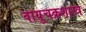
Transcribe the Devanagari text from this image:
वायुचक्रशास्त्र